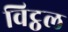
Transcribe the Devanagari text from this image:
विट्ठल